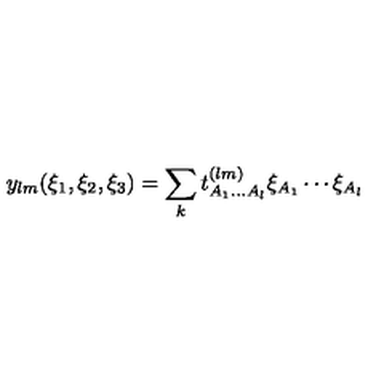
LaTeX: y _ { l m } ( \xi _ { 1 } , \xi _ { 2 } , \xi _ { 3 } ) = \sum _ { k } t _ { A _ { 1 } \ldots A _ { l } } ^ { ( l m ) } \xi _ { A _ { 1 } } \cdots \xi _ { A _ { l } } \,